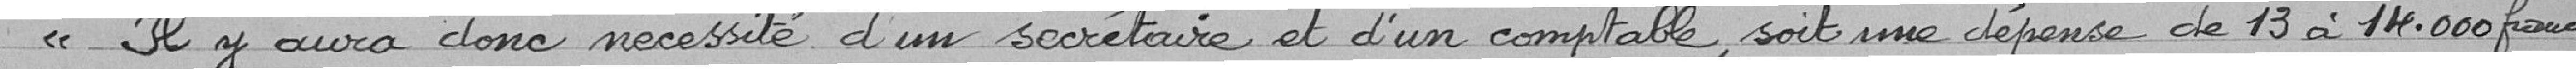
" Il y aura donc nécessité d'un secrétaire et d'un comptable, soit une dépense de 13 à 14 000 francs